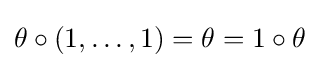
\theta \circ (1,\ldots ,1)=\theta =1\circ \theta